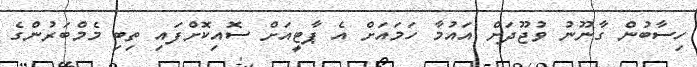
ހިސާބުން ގާނޫނު ވުޖޫދަށް އައުމާ ހަމައަށް އެ ޕާޓީއަށް ސޮއިކޮށްފައި ތިބި މެމްބަރުންގެ